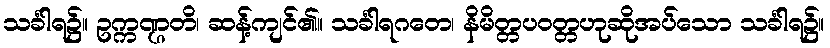
သင်္ခါရ၌။ ဥက္ကဏ္ဌတိ၊ ဆန့်ကျင်၏။ သင်္ခါရဂတေ၊ နိမိတ္တပဝတ္တဟုဆိုအပ်သော သင်္ခါရ၌။